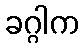
ခဂ္ဂါက